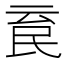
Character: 𣱉